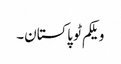
ویلکم ٹو پاکستان۔